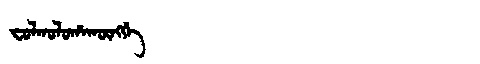
Manchu: ᠸᠣᠯᡴᠣᠯᠣᡥᠠᡴᡡᠩᡤᡝ
Romanization: FOLKOLOHAKŪNGGE